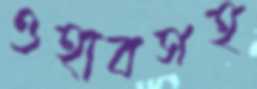
ওহাবসহ